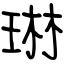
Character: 琳